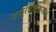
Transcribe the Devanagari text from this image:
वायुरधोक्षजः।।